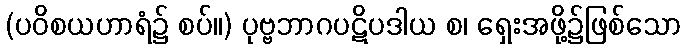
(ပဝိစယဟာရံ၌ စပ်။) ပုဗ္ဗဘာဂပဋိပဒါယ စ၊ ရှေးအဖို့၌ဖြစ်သော